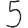
Digit: 5